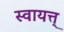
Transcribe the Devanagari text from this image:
स्वायत्त्